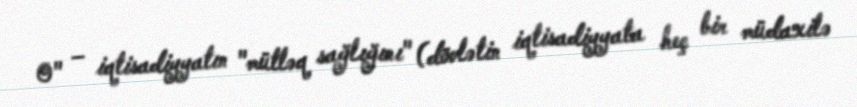
0" – iqtisadiyyatın "mütləq sağlığını" (dövlətin iqtisadiyyata heç bir müdaxilə